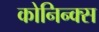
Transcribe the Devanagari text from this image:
कोनिन्क्स